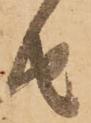
由